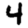
Digit: 4